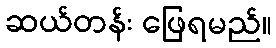
ဆယ်တန်း ဖြေရမည်။